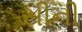
સીની